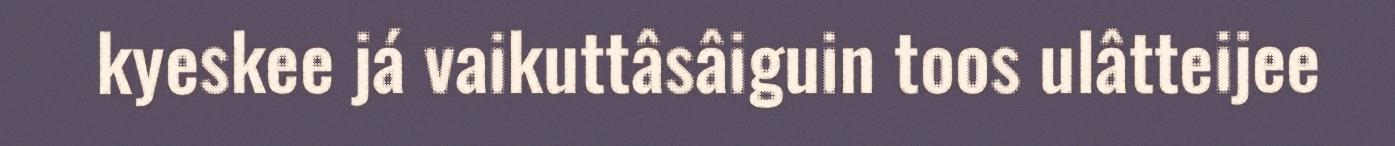
kyeskee já vaikuttâsâiguin toos ulâtteijee